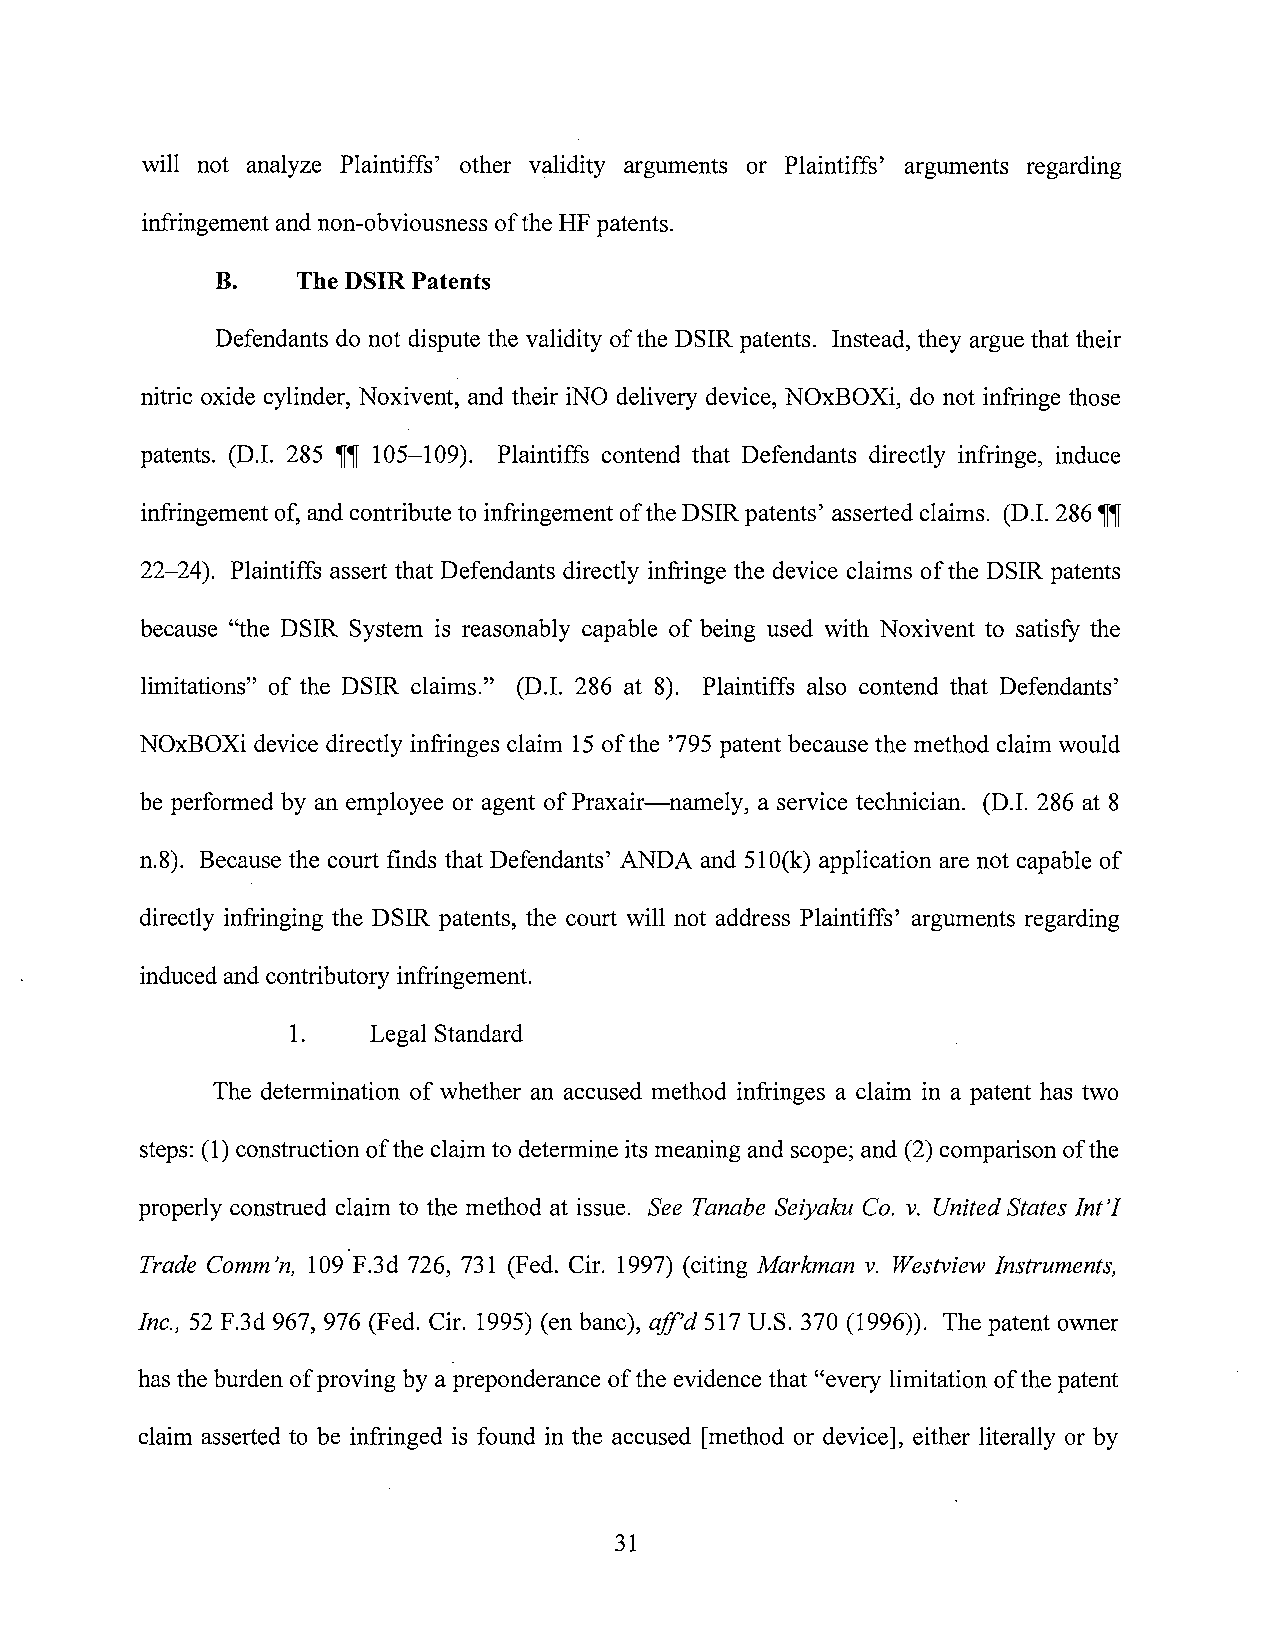
will not analyze Plaintiffs' other validity arguments or Plaintiffs' arguments regarding
 infringement and non-obviousness of the HF patents.
 B.    The DSIR Patents
 Defendants do not dispute the validity of the DSIR patents. Instead, they argue that their
 nitric oxide cylinder, Noxivent, and their iNO delivery device, NOxBOXi, do not infringe those
 patents. (D.I. 285 iii! 105-109). Plaintiffs contend that Defendants directly infringe, induce
 infringement of, and contribute to infringement of the DSIR patents' asserted claims. (D.I. 286 iii!
 22-24). Plaintiffs assert that Defendants directly infringe the device claims of the DSIR patents
 because "the DSIR System is reasonably capable of being used with Noxivent to satisfy the
 limitations" of the DSIR claims." (D.I. 286 at 8). Plaintiffs also contend that Defendants'
 NOxBOXi device directly infringes claim 15 of the '795 patent because the method claim would
 be performed by an employee or agent of Praxair-namely, a service technician. (D.I. 286 at 8
 n.8). Because the court finds that Defendants' ANDA and 510(k) application are not capable of
 directly infringing the DSIR patents, the court will not address Plaintiffs' arguments regarding
 induced and contributory infringement.
 1.    Legal Standard
 The determination of whether an accused method infringes a claim in a patent has two
 steps: (1) construction of the claim to determine its meaning and scope; and (2) comparison of the
 properly construed claim to the method at issue. See Tanabe Seiyaku Co. v. United States Int 'I
 Trade Comm 'n, 109 F.3d 726, 731 (Fed. Cir. 1997) (citing Markman v. Westview Instruments,
 Inc., 52 F.3d 967, 976 (Fed. Cir. 1995) (en bane), ajf'd 517 U.S. 370 (1996)). The patent owner
 has the burden of proving by a preponderance of the evidence that "every limitation of the patent
 claim asserted to be infringed is found in the accused [method or device], either literally or by
 31